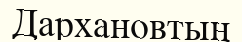
Дархановтың